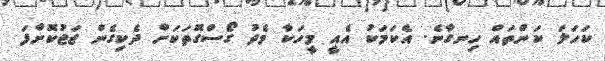
ކަހަލަ ކަންތައް ހިނގާނެ. އެކަމަކު އެއީ މީހަކާ މެދު ގޯސްގޮތަކަށް ދެކިގެން ޖަޖުކޮށްފަ